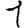
Digit: 1